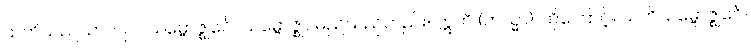
သတိသည်သာလျှင်။ သမ္ဗောဇ္ဈင်္ဂေါ၊ သမ္ဗောဇ္ဈင်မည်သည်တည်း။ ဣတိ (တသ္မာ)၊ ထိုကြောင့်။ သတိသမ္ဗောဇ္ဈင်္ဂေါ၊